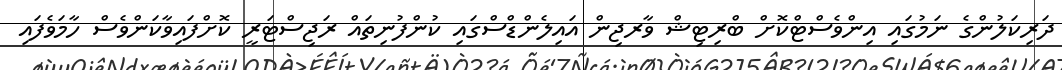
ދަރިކަލުންގެ ނަމުގައި އިންވެސްޓްކޮށް ބްރިޓިޝް ވާރޖިން އައިލެންޑްސްގައި ކުންފުނިތައް ރަޖިސްޓަރީ ކޮށްފައިވާކަންވެސް ހާމަވެފައި